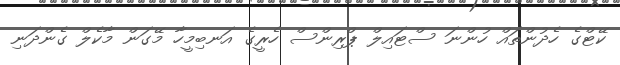
ކޭޓްގެ ހެދުންތައް ހުންނަ ސްޓައިލް ޕްރިންސް ހެރީގެ އަނބިމީހާ މޭގަން މާކެލް ގެންދަނި